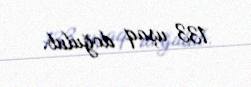
133 uşaq doğulub.